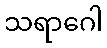
သရာဂေါ